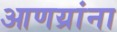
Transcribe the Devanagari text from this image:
आणय्रांना